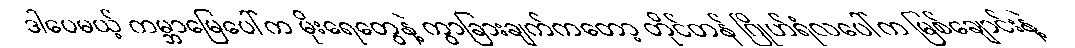
ဒါပေမယ့် ကမ္ဘာမြေပေါ်က မိုးရေတွေနဲ့ ကွာခြားချက်ကတော့ တိုင်တန် ဂြိုဟ်ရံလပေါ်က မြစ်ချောင်းနဲ့